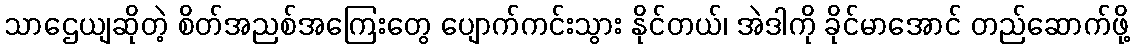
သာဌေယျဆိုတဲ့ စိတ်အညစ်အကြေးတွေ ပျောက်ကင်းသွား နိုင်တယ်၊ အဲဒါကို ခိုင်မာအောင် တည်ဆောက်ဖို့